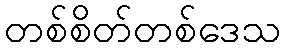
တစ်စိတ်တစ်ဒေသ